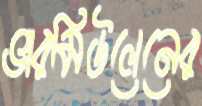
ভারমিউলেনের